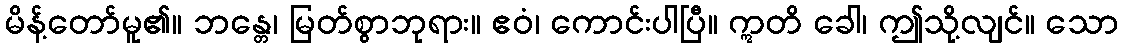
မိန့်တော်မူ၏။ ဘန္တေ၊ မြတ်စွာဘုရား။ ဧဝံ၊ ကောင်းပါပြီ။ ဣတိ ခေါ၊ ဤသို့လျင်။ သော